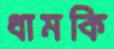
ধামকি